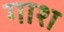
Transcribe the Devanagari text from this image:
गाश